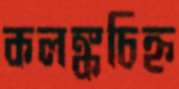
কলঙ্কচিহ্ন